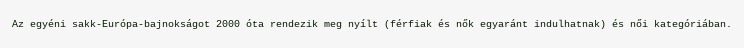
Az egyéni sakk-Európa-bajnokságot 2000 óta rendezik meg nyílt (férfiak és nők egyaránt indulhatnak) és női kategóriában.